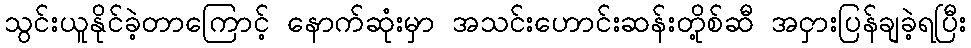
သွင်းယူနိုင်ခဲ့တာကြောင့် နောက်ဆုံးမှာ အသင်းဟောင်းဆန်းတို့စ်ဆီ အငှားပြန်ချခဲ့ရပြီး